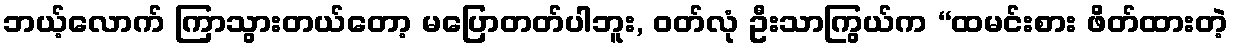
ဘယ့်လောက် ကြာသွားတယ်တော့ မပြောတတ်ပါဘူး, ဝတ်လုံ ဦးသာကြွယ်က “ထမင်းစား ဖိတ်ထားတဲ့